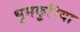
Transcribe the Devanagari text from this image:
धुमकुरिया